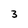
Character: 3